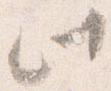
此